Madras plague regulations and rules for district municipalities and other towns and villages
Disease focus: Plague
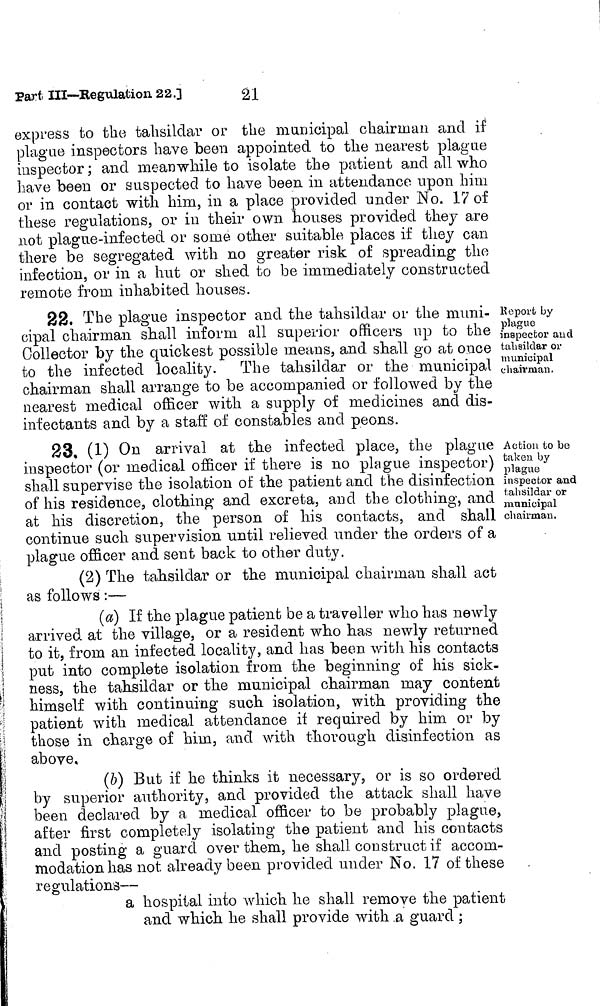
Part. Ill—Regulation 22.]
21
express to the tahsildar or the municipal chairman and if
plague inspectors have been appointed to the nearest plague
inspector; and meanwhile to isolate the patient and all who
have been or suspected to have been in attendance upon him
or in contact with, him, in a place provided under No. 17 of
these regulations, or in their own houses provided they are
not plague-infected or some other suitable places if they can
there be segregated with no greater risk of spreading the
infection, or in a hut or shed to be immediately constructed
remote from inhabited houses.
Report by
plague
inspector and
talisildar or
municipal
chairman.
22. The plague inspector and the talisildar or the muni-
cipal chairman shall inform, all superior officers up to the
Collector by the quickest possible means, and shall go at once
to the infected locality. The tahsildar or the municipal
chairman shall arrange to be accompanied or followed by the
nearest medical officer with a supply of medicines and dis-
infectants and by a staff of constables and peons.
Action to be
taken by
plague
inspector and
tahsildar or
municipal
chairman.
23. (1) On arrival at the infected place, the plague
inspector (or medical officer if there is no plague inspector)
shall supervise the isolation of the patient and the disinfection
of his residence, clothing and excreta, and the clothing, and
at his discretion, the person of his contacts, and shall
continue such supervision until relieved under the orders of a
plague officer and sent back to other duty.
(2) The tahsildar or the municipal chairman shall act
as follows :—
(a) If the plague patient be a traveller who has newly
arrived at the village, or a resident who has newly returned
to it, from an infected locality, and has been with his contacts
put into complete isolation from the beginning of his sick-
ness, the tahsildar or the municipal chairman may content
himself with continuing such isolation, with providing the
patient with medical attendance if required by him or by
those in charge of him, and with thorough disinfection as
above,
(6) But if he thinks it necessary, or is so ordered
by superior authority, and provided the attack shall have
been declared by a medical officer to be probably plague,
after first completely isolating the patient and his contacts
and posting a guard over them, he shall construct if accom-
modation has not already been provided under No. 17 of these
regulations—
a hospital into which he shall remove the patient
and which he shall provide with a guard ;